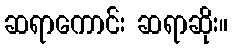
ဆရာကောင်း ဆရာဆိုး။